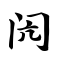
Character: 闶